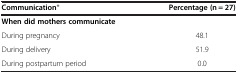
<table><thead><tr><td><b>Communication*</b></td><td><b>Percentage (n = 27)</b></td></tr></thead><tbody><tr><td><b>When did mothers communicate</b></td><td> </td></tr><tr><td>During pregnancy</td><td>48.1</td></tr><tr><td>During delivery</td><td>51.9</td></tr><tr><td>During postpartum period</td><td>0.0</td></tr></tbody></table>